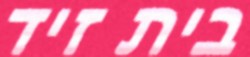
בית זיד